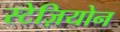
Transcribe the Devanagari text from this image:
स्टेज़ियोन